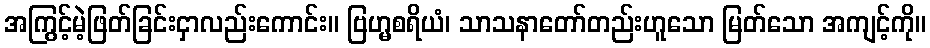
အကြွင့်မဲ့ဖြတ်ခြင်းငှာလည်းကောင်း။ ဗြဟ္မစရိယံ၊ သာသနာတော်တည်းဟူသော မြတ်သော အကျင့်ကို။